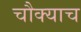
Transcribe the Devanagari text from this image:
चौक्याच